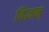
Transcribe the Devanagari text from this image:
विज्ञन्